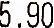
5.90